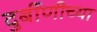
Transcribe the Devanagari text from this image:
दुर्बीणीच्या